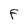
Character: F